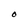
Character: O